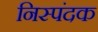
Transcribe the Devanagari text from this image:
निस्पंदक